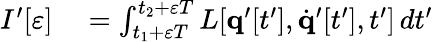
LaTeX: \begin{array}{rl}{I^{\prime}[\varepsilon]}&{{}=\int_{t_{1}+\varepsilon T}^{t_{2}+\varepsilon T}L[\mathbf{q}^{\prime}[t^{\prime}],{\dot{\mathbf{q}}}^{\prime}[t^{\prime}],t^{\prime}]\, dt^{\prime}}\end{array}